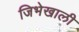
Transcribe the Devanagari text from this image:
जिभेखाली